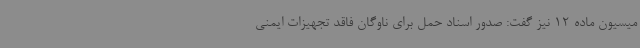
میسیون ماده 12 نیز گفت: صدور اسناد حمل برای ناوگان فاقد تجهیزات ایمنی